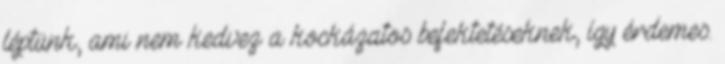
léptünk, ami nem kedvez a kockázatos befektetéseknek, így érdemes.